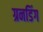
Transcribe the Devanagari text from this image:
ग्रनडिंग